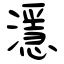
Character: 濦